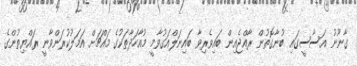
ގާނޫނު އަސާސީގައި ބުނާގޮތުން ރާއްޖެއިން ބައިވެރިވާ ބައިނަލްއަގުވާމީ މުއާހަދާތަކުގެ މައްޗަށް އަމަލުކުރަންވާނީ ރައްޔިތުންގެ